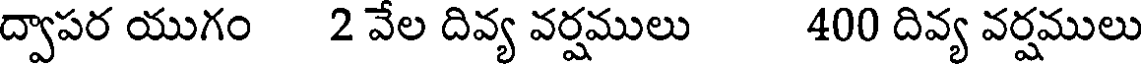
ద్వాపర యుగం 2 వేల దివ్య వర్షములు 400 దివ్య వర్షములు